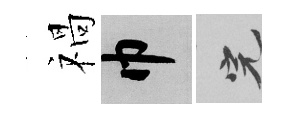
禍巾完